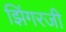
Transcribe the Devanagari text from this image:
झिंगरजी